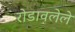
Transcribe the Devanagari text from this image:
रोडावलेले